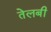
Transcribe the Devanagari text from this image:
तेलबी